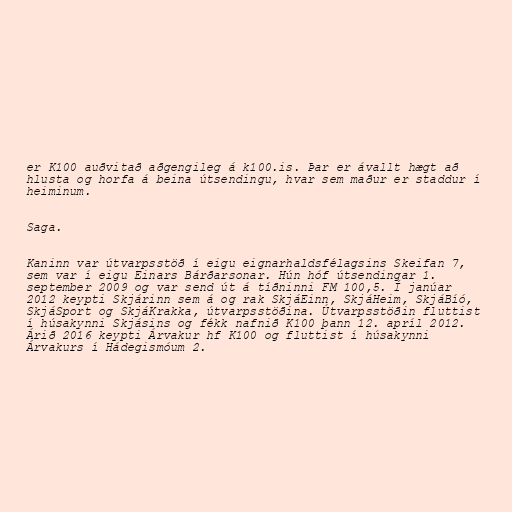
er K100 auðvitað aðgengileg á k100.is. Þar er ávallt hægt að
hlusta og horfa á beina útsendingu, hvar sem maður er staddur í
heiminum.

Saga.

Kaninn var útvarpsstöð í eigu eignarhaldsfélagsins Skeifan 7,
sem var í eigu Einars Bárðarsonar. Hún hóf útsendingar 1.
september 2009 og var send út á tíðninni FM 100,5. Í janúar
2012 keypti Skjárinn sem á og rak SkjáEinn, SkjáHeim, SkjáBíó,
SkjáSport og SkjáKrakka, útvarpsstöðina. Útvarpsstöðin fluttist
í húsakynni Skjásins og fékk nafnið K100 þann 12. apríl 2012.
Árið 2016 keypti Árvakur hf K100 og fluttist í húsakynni
Árvakurs í Hádegismóum 2.